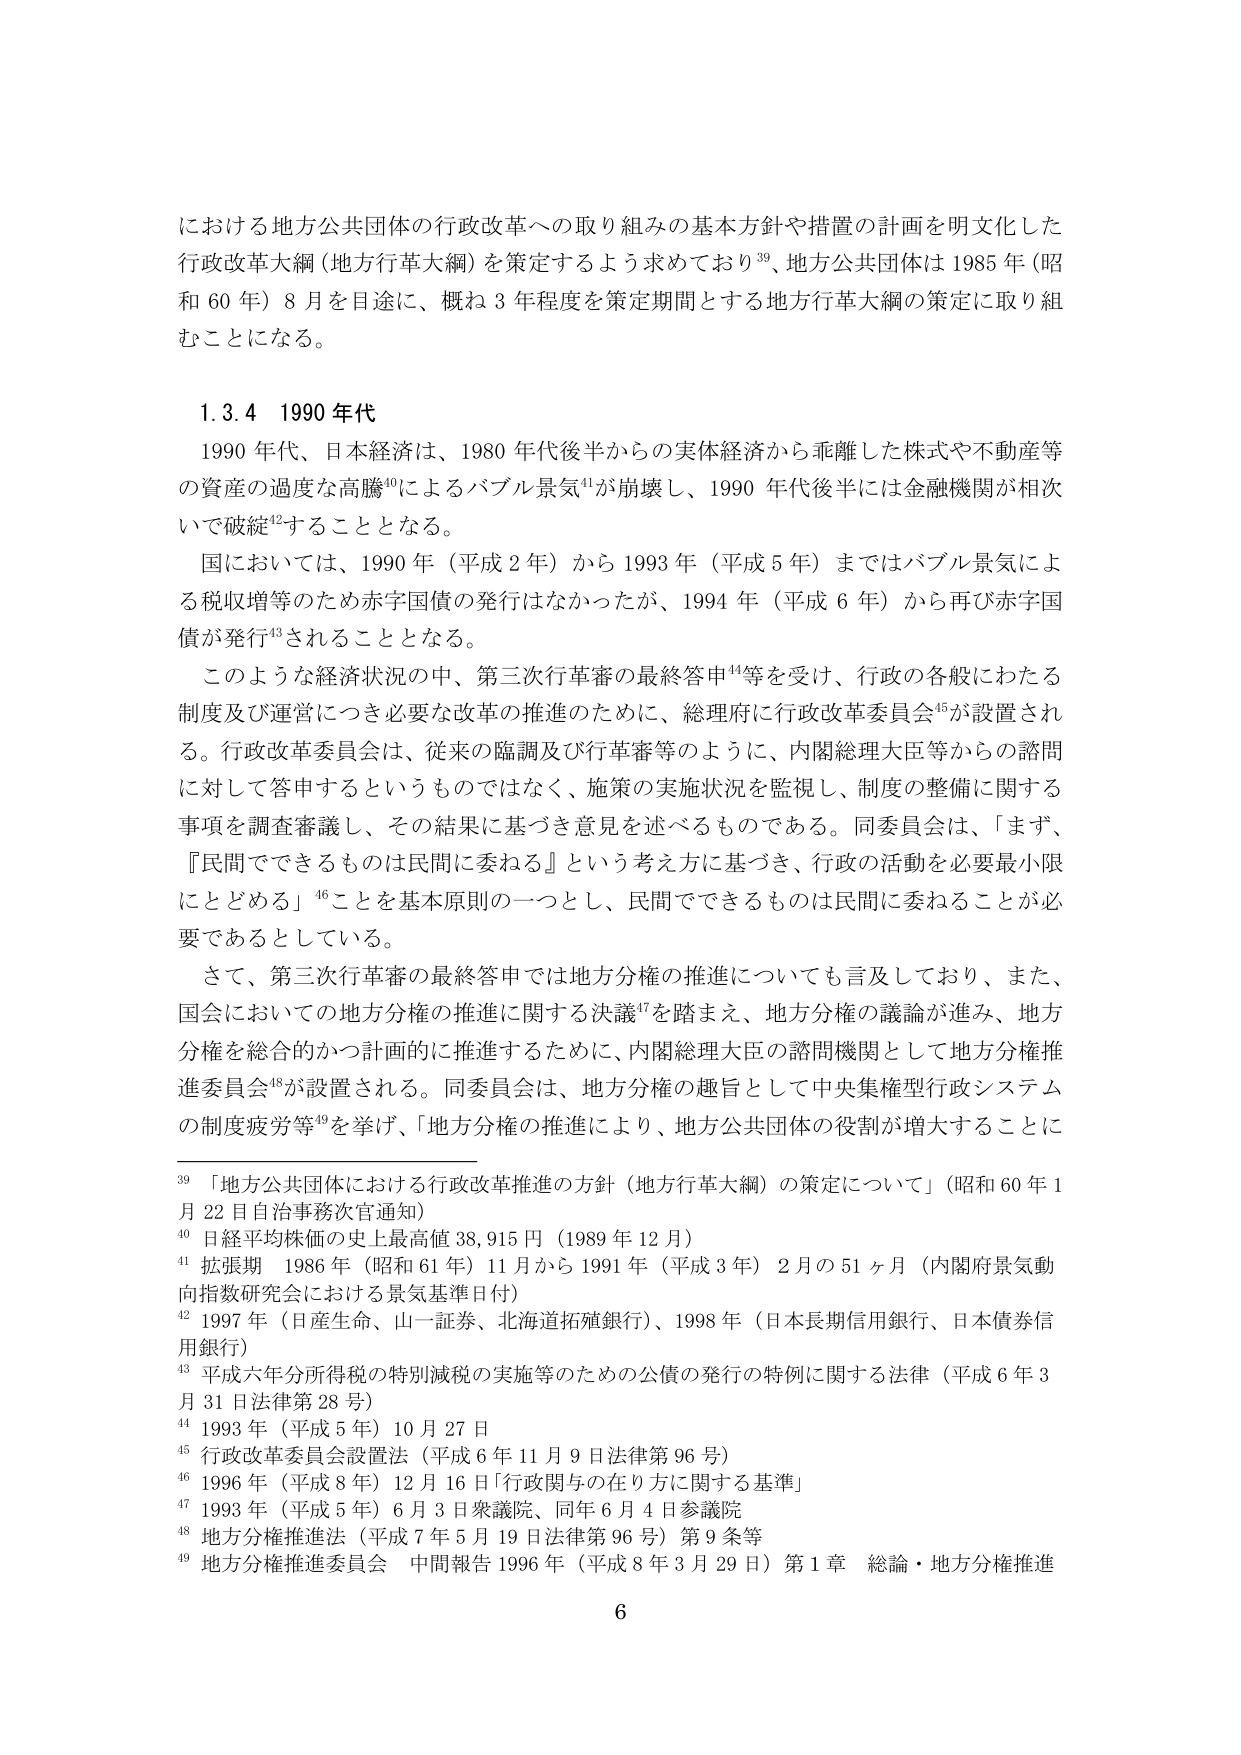
における地方公共団体の行政改革への取り組みの基本方針や措置の計画を明文化した
行政改革大綱（地方行革大綱）を策定するよう求めており³⁹、地方公共団体は1985年（昭
和60年）8月を目途に、概ね3年程度を策定期間とする地方行革大綱の策定に取り組
むことになる。

1.3.4 1990年代
1990年代、日本経済は、1980年代後半からの実体経済から乖離した株式や不動産等
の資産の過度な高騰⁴⁰によるバブル景気⁴¹が崩壊し、1990年代後半には金融機関が相次
いで破綻⁴²することとなる。
国においては、1990年（平成2年）から1993年（平成5年）まではバブル景気によ
る税収増等のため赤字国債の発行はなかったが、1994年（平成6年）から再び赤字国
債が発行⁴³されることとなる。
このような経済状況の中、第三次行革審の最終答申⁴⁴等を受け、行政の各般にわたる
制度及び運営につき必要な改革の推進のために、総理府に行政改革委員会⁴⁵が設置され
る。行政改革委員会は、従来の臨調及び行革審等のように、内閣総理大臣等からの諮問
に対して答申するというものではなく、施策の実施状況を監視し、制度の整備に関する
事項を調査審議し、その結果に基づき意見を述べるものである。同委員会は、「まず、
『民間でできるものは民間に委ねる』という考え方に基づき、行政の活動を必要最小限
にとどめる」⁴⁶ことを基本原則の一つとし、民間でできるものは民間に委ねることが必
要であるとしている。
さて、第三次行革審の最終答申では地方分権の推進についても言及しており、また、
国会においての地方分権の推進に関する決議⁴⁷を踏まえ、地方分権の議論が進み、地方
分権を総合的かつ計画的に推進するために、内閣総理大臣の諮問機関として地方分権推
進委員会⁴⁸が設置される。同委員会は、地方分権の趣旨として中央集権型行政システム
の制度疲労等⁴⁹を挙げ、「地方分権の推進により、地方公共団体の役割が増大することに

³⁹ 「地方公共団体における行政改革推進の方針（地方行革大綱）の策定について」（昭和60年1
月22日自治事務次官通知）
⁴⁰ 日経平均株価の史上最高値38,915円（1989年12月）
⁴¹ 拡張期 1986年（昭和61年）11月から1991年（平成3年）2月の51ヶ月（内閣府景気動
向指数研究会における景気基準日付）
⁴² 1997年（日産生命、山一証券、北海道拓殖銀行）、1998年（日本長期信用銀行、日本債券信
用銀行）
⁴³ 平成六年分所得税の特別減税の実施等のための公債の発行の特例に関する法律（平成6年3
月31日法律第28号）
⁴⁴ 1993年（平成5年）10月27日
⁴⁵ 行政改革委員会設置法（平成6年11月9日法律第96号）
⁴⁶ 1996年（平成8年）12月16日「行政関与の在り方に関する基準」
⁴⁷ 1993年（平成5年）6月3日衆議院、同年6月4日参議院
⁴⁸ 地方分権推進法（平成7年5月19日法律第96号）第9条等
⁴⁹ 地方分権推進委員会 中間報告1996年（平成8年3月29日）第1章 総論・地方分権推進

6